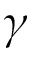
\gamma